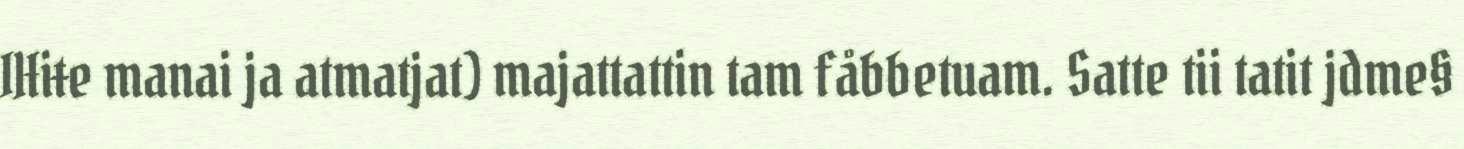
IHiŧe manai ja atmatjat) majattattin tam fåbbetuam. Satte tii tatit jdme§